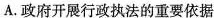
A.政府开展行政执法的重要依据